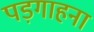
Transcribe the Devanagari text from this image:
पड़गाहना